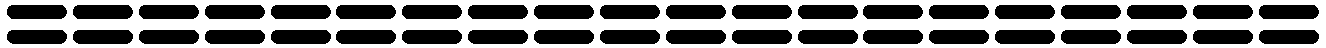
====================